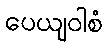
ပေယျဝါစံ